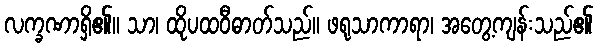
လက္ခဏာရှိ၏။ သာ၊ ထိုပထဝီဓာတ်သည်။ ဖရုသာကာရာ၊ အတွေ့ကျန်းသည်၏